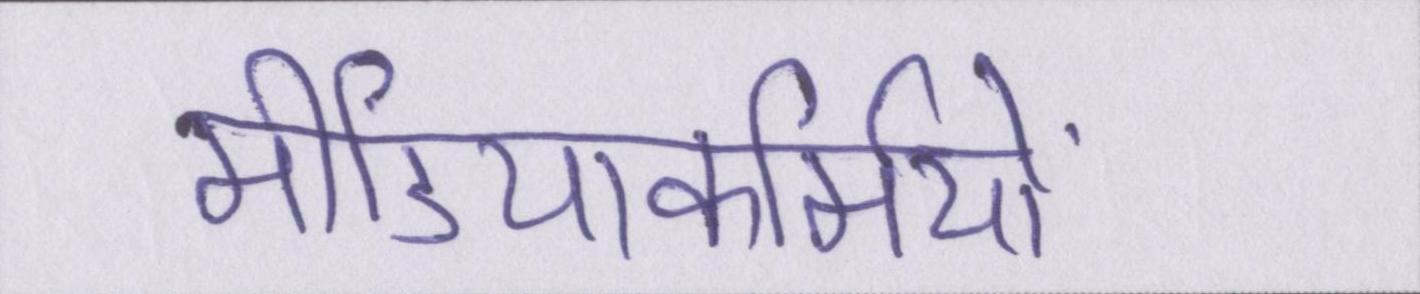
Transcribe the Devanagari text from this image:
मीडियाकर्मियों